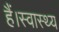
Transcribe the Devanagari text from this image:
हैं।स्वास्थ्य